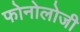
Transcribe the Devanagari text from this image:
फोनोलोजी